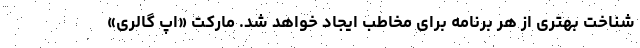
شناخت بهتری از هر برنامه برای مخاطب ایجاد خواهد شد. مارکت «اپ گالری»